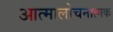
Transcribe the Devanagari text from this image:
आत्मालोचनात्मक